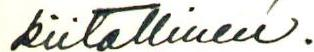
kiitollinen.